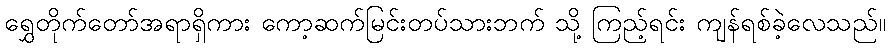
ရွှေတိုက်တော်အရာရှိကား ကော့ဆက်မြင်းတပ်သားဘက် သို့ ကြည့်ရင်း ကျန်ရစ်ခဲ့လေသည်။